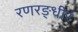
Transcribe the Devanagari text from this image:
रणरङ्धीरं